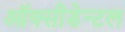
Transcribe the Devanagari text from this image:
ऑक्सीडेन्टल